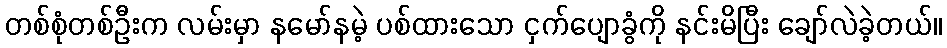
တစ်စုံတစ်ဦးက လမ်းမှာ နမော်နမဲ့ ပစ်ထားသော ငှက်ပျောခွံကို နင်းမိပြီး ချော်လဲခဲ့တယ်။